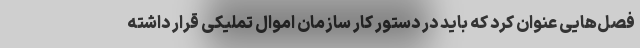
فصل‌هایی عنوان کرد که باید در دستور کار سازمان اموال تملیکی قرار داشته